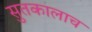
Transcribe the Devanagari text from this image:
सुतकालाच